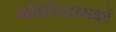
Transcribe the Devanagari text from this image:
गतिनियामकों